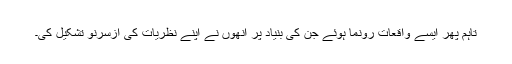
تاہم پھر ایسے واقعات رونما ہوئے جن کی بنیاد پر انھوں نے اپنے نظریات کی ازسرنو تشکیل کی۔